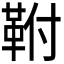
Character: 𮧖